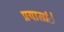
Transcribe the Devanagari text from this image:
प्रयासांे